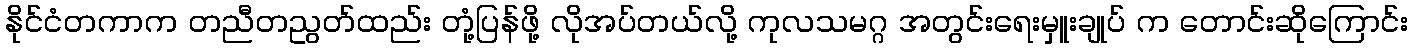
နိုင်ငံတကာက တညီတညွတ်ထည်း တုံ့ပြန်ဖို့ လိုအပ်တယ်လို့ ကုလသမဂ္ဂ အတွင်းရေးမှူးချုပ် က တောင်းဆိုကြောင်း